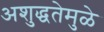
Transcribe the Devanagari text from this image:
अशुद्धतेमुळे